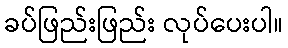
ခပ်ဖြည်းဖြည်း လုပ်ပေးပါ။